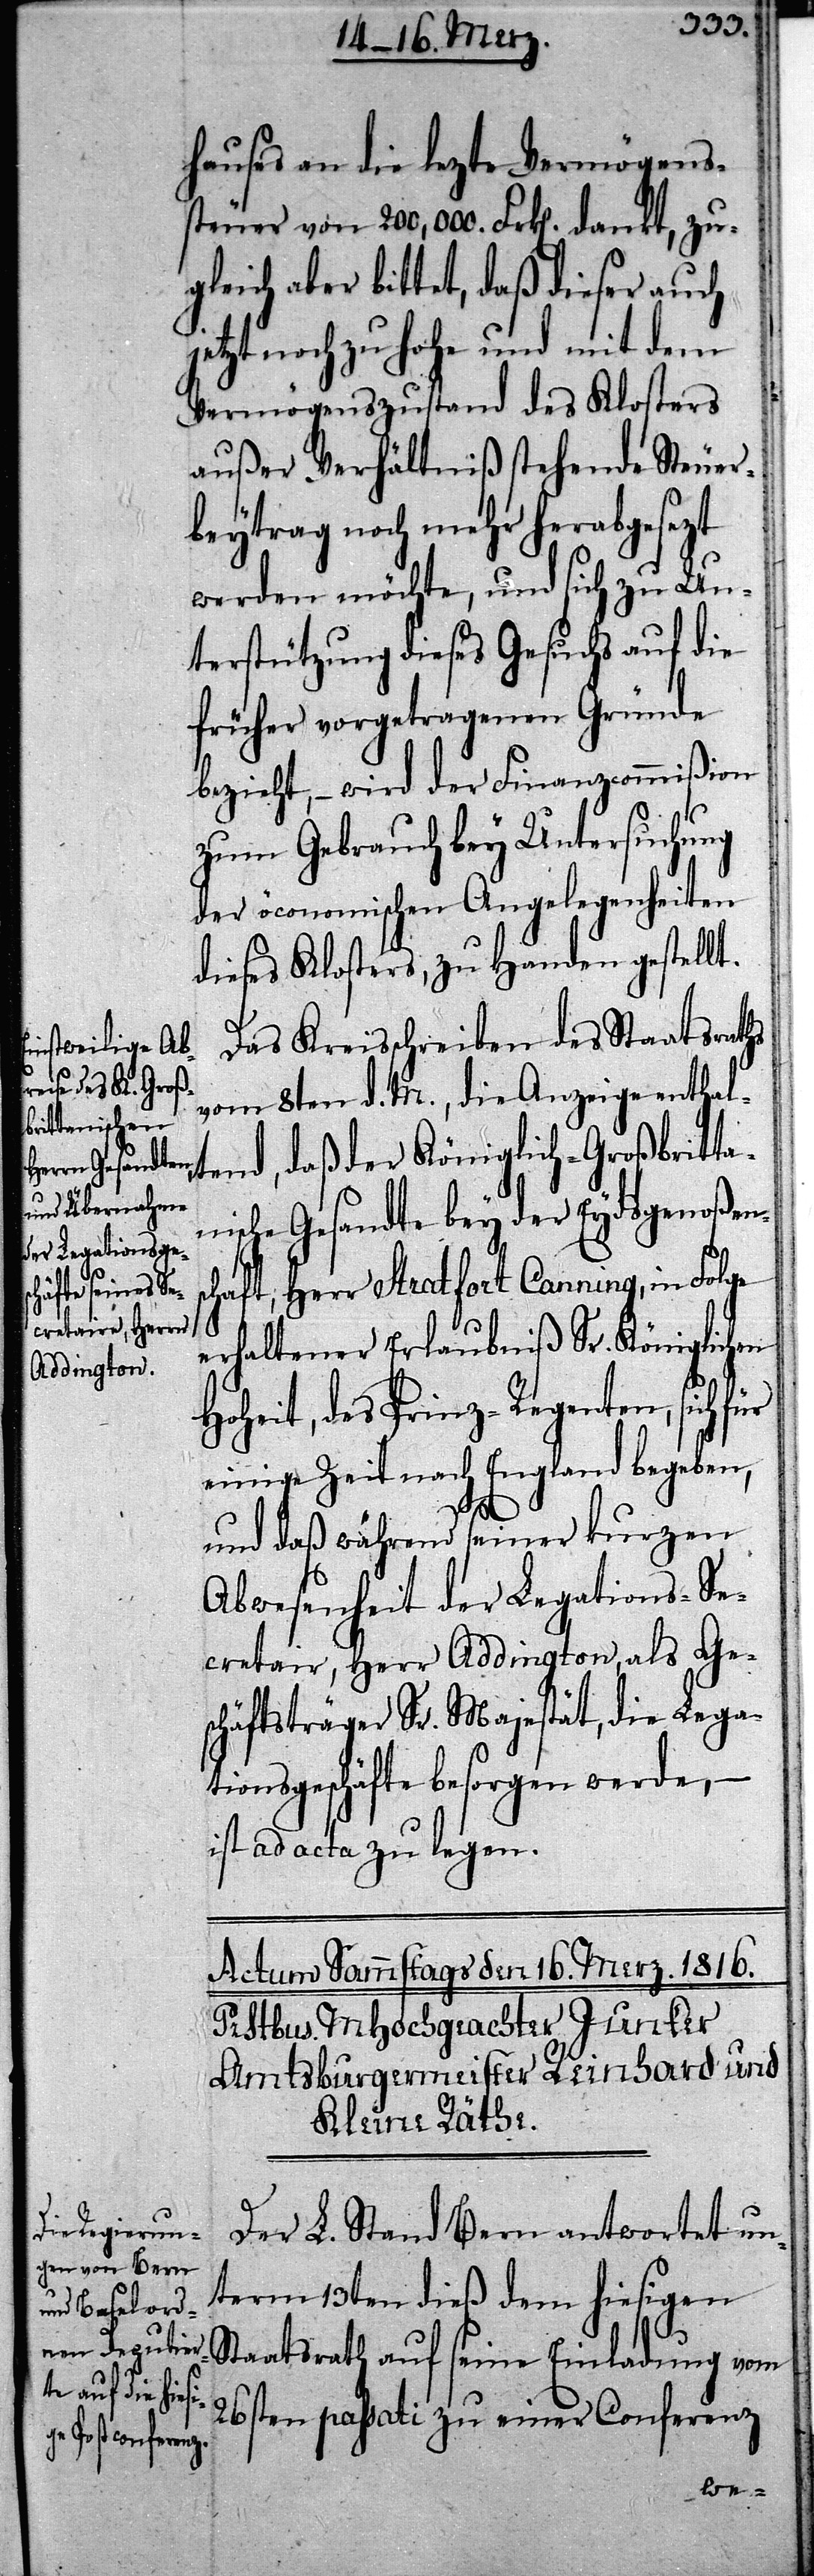
hauses an die lezte Vermögens¬
steuer von 200,000. Frk[en]. dankt, zug¬
leich aber bittet, daß dieser auch
jetzt noch zu hohe und mit dem
Vermögenszustand des Klosters
außer Verhältniß stehende Steuer¬
beytrag noch mehr herabgesezt
werden möchte, und sich zu Un¬
terstützung dieses Gesuchs auf die
früher vorgetragenen Gründe
bezieht, – wird der Finanzcommißion
zum Gebrauch bey Untersuchung
der öconomischen Angelegenheiten
dieses Klosters, zu Handen gestellt.
Das Kreisschreiben des Staatsraths
vom 8ten d. M., die Anzeige enthal¬
tend, daß der Königlich-Großbritta¬
nische Gesandte bey der Eydsgenoßen¬
chaft, Herr Stratfort Canning, in Folge
s¬
erhaltener Erlaubnis Sr. Königlichen
Hoheit, des Prinz-Regenten, sich für
einige Zeit nach England begeben,
und daß während seiner kurzen
Abwesenheit der Legations-Se¬
cretair, Herr Addington, als Ge¬
schäftsträger Sr. Majestät, die Lega¬
tionsgeschäfte besorgen werde,
ist ad acta zu legen.
Der L. Stand Bern antwortet un¬
term 13ten dieß dem hiesigen
Staatsrath auf seine Einladung vom
26sten passati zu einer Conferenz